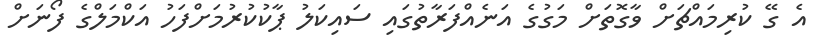
އެ ގޭ ކުރިމައްޗަށް ވާގޮތަށް މަގުގެ އަނެއްފަރާތުގައި ސައިކަލު ޕާކުކުރުމަށްފަހު އަކްމަލްގެ ފޯނަށް